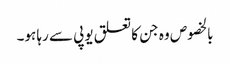
بالخصوص وہ جن کا تعلق یوپی سے رہا ہو۔